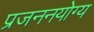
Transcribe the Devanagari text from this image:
प्रजननयोग्य